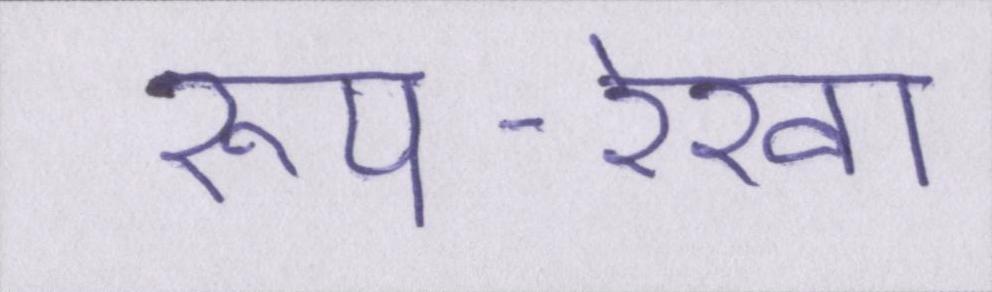
रूप-रेखा